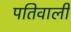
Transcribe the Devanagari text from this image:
पतिवाली